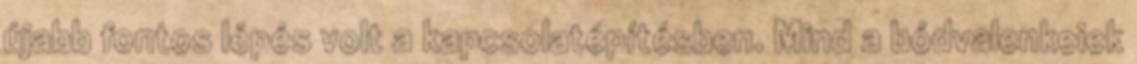
újabb fontos lépés volt a kapcsolatépítésben. Mind a bódvalenkeiek